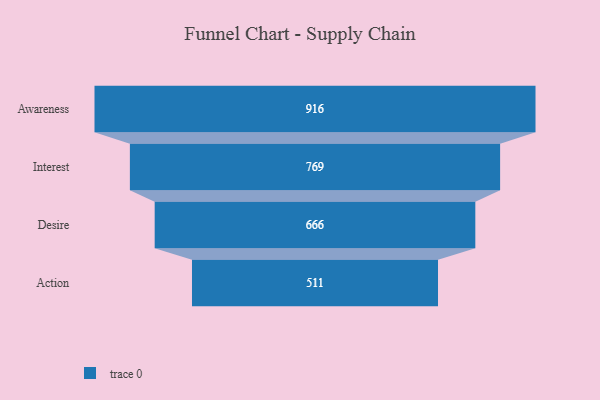
{"axis": {"x": "Stage", "y": "Value"}, "legend": [""], "data": [{"x": "Awareness", "y": 916.0, "type": ""}, {"x": "Interest", "y": 769.0, "type": ""}, {"x": "Desire", "y": 666.0, "type": ""}, {"x": "Action", "y": 511.0, "type": ""}]}